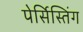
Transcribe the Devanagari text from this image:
पेर्सिस्तिंग